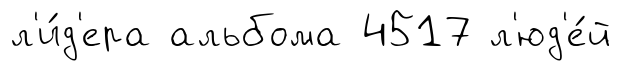
л'и́д'ера альбома 4517 л'юд'е́й